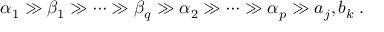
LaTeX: \alpha _ { 1 } \gg \beta _ { 1 } \gg \cdots \gg \beta _ { q } \gg \alpha _ { 2 } \gg \cdots \gg \alpha _ { p } \gg a _ { j } , b _ { k } \; .